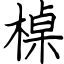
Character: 槕